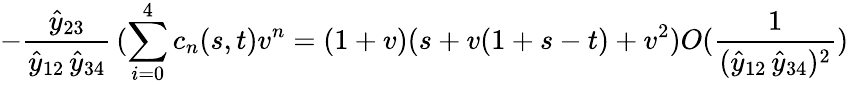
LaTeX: -\frac{\hat{y}_{23}}{\hat{y}_{12}\, \hat{y}_{34}}\, (\sum_{i=0}^{4}c_{n}(s,t)v^{n}=(1+v)(s+v(1+s-t)+v^{2})O(\frac{1}{(\hat{y}_{12}\, \hat{y}_{34})^{2}})